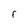
Character: f